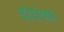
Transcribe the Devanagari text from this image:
दोघंच्या